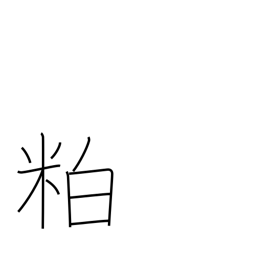
Meaning: scrap